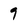
Character: 9